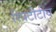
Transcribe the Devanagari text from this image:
रिपटीटीव